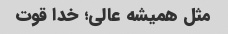
مثل همیشه عالی؛ خدا قوت